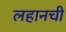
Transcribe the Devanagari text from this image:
लहानची